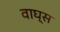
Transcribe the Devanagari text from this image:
वाघ्स